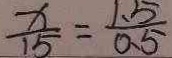
\frac { x } { 1 5 } = \frac { 1 . 5 } { 0 . 5 }